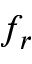
f _ { r }